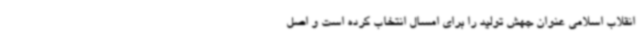
انقلاب اسلامی عنوان جهش تولید را برای امسال انتخاب کرده است و اصل